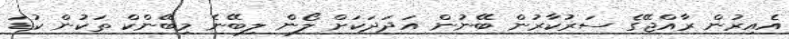
އެއިރުން ރާއްޖޭގެ ސަރުކާރުން ބޭނުން އަދަދަކަށް ލޯން ލިބޭނެ މިބޭންކް ތަކުން ކުޑަ